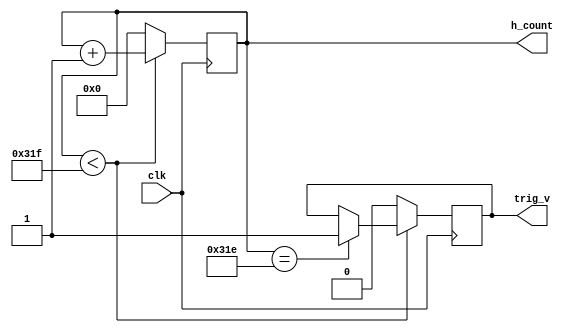
module h_counter(clk,h_count,trig_v);
  input clk;
  output [9:0] h_count;
  output trig_v;
  reg [9:0] h_count;
  reg trig_v;
  initial 
    begin
      h_count=0;
      trig_v=0;
    end
  always @ (posedge clk)
    begin
      if (h_count<799)
        begin
          h_count <= h_count+1;
          if (h_count ==798)
          begin 
            trig_v <=1;
          end
        end
      else
        begin
          trig_v <=0;
          h_count <= 0;        
        end
    end
endmodule